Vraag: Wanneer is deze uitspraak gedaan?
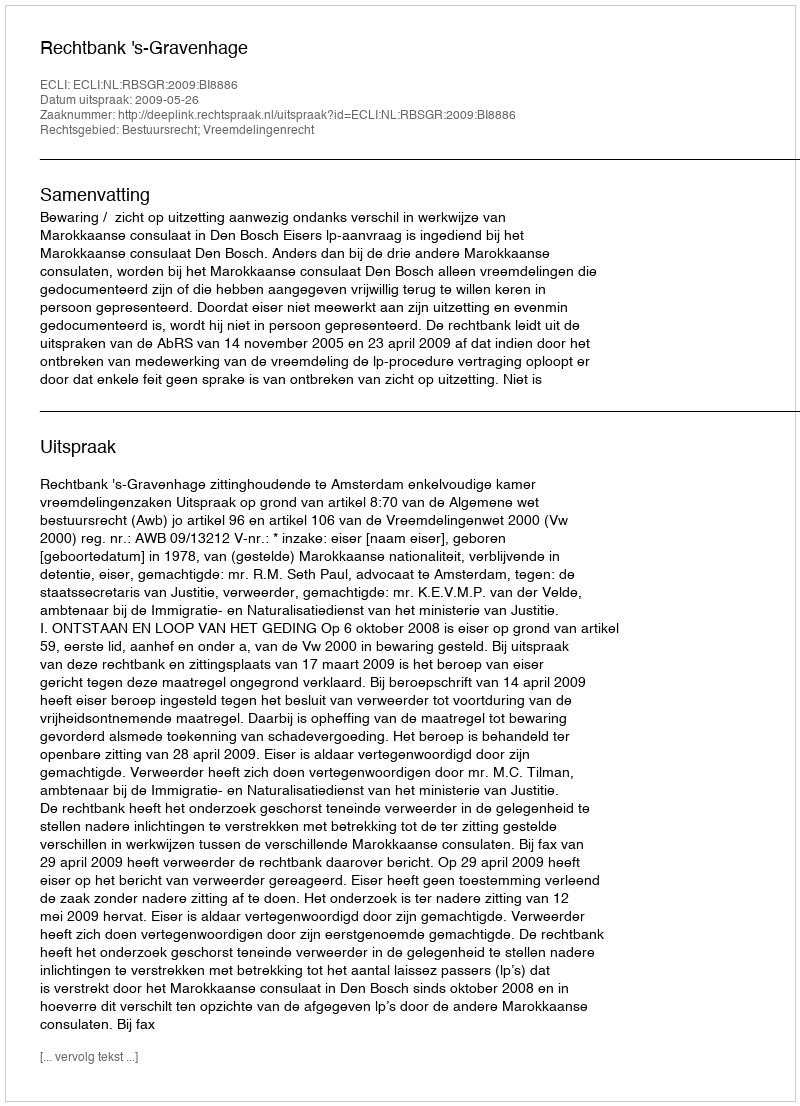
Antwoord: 2009-05-26